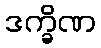
ဒက္ခိဏ